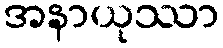
အနာယုဿာ